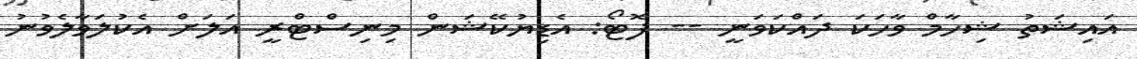
އައިޝަތު ޝިހާމް ވާހަކަ ދައްކަވަނީ -- ފޮޓޯ: އެޑިޔުކޭޝަން މިނިސްޓްރީ އަލަށް އެކުލަވާލެވުނު